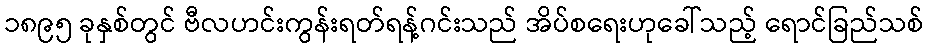
၁၈၉၅ ခုနှစ်တွင် ဗီလဟင်းကွန်းရတ်ရန့်ဂင်းသည် အိပ်စရေးဟုခေါ်သည့် ရောင်ခြည်သစ်